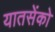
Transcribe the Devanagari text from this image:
यातसेंको